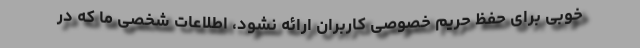
خوبی برای حفظ حریم خصوصی کاربران ارائه نشود، اطلاعات شخصی ما که در